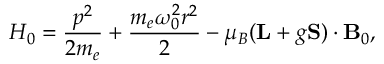
H _ { 0 } = \frac { p ^ { 2 } } { 2 m _ { e } } + \frac { m _ { e } \omega _ { 0 } ^ { 2 } r ^ { 2 } } { 2 } - \mu _ { B } ( \mathbf { L } + g \mathbf { S ) } \cdot \mathbf { B } _ { 0 } ,